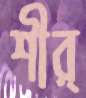
শীর্